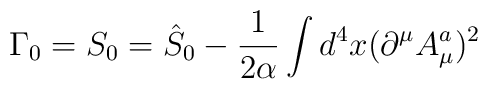
\Gamma _0=S_0=\hat S_0-\frac 1{2\alpha }\int d^4x(\partial ^\mu A_\mu ^a)^2